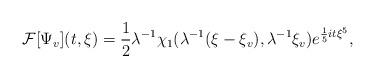
LaTeX: \begin{align*}\mathcal{F}[ \Psi_v] (t,\xi)= \frac{1}{2} \lambda^{-1} \chi_1 (\lambda^{-1} (\xi -\xi_v), \lambda^{-1} \xi_v) e^{\frac{1}{5}it \xi^5},\end{align*}